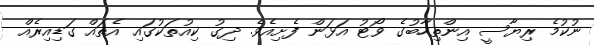
ނުކުމެ ރިޔާސީ އިންތިހާބުގެ ވޯޓު އަޅަން ފެށިއެވެ. ދިގު ކިއުތަކުގައި އެތައް ގަޑިއިރެއް